Education (Scotland) Act, 1936, 1936
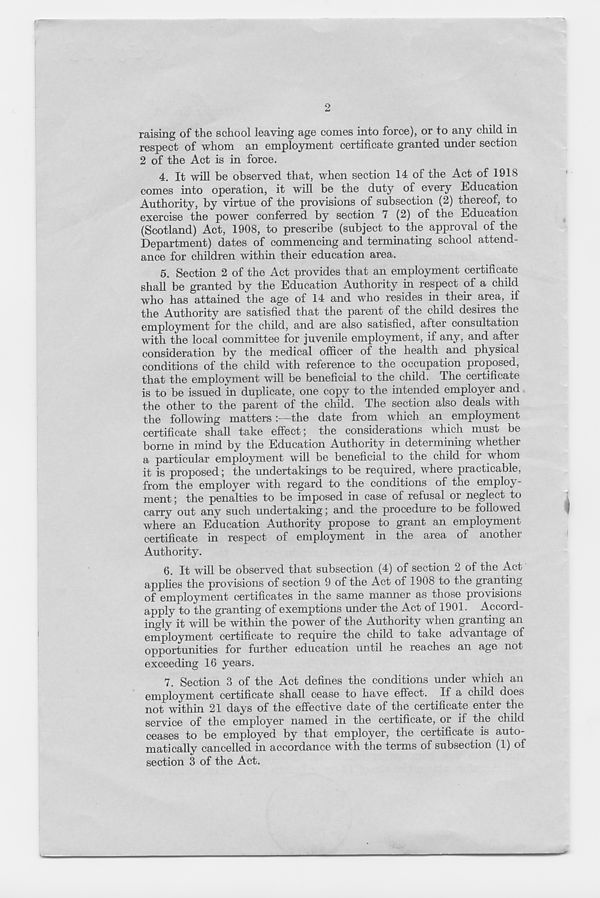
raising of the school leaving age comes into force), or to any child in
respect of whom an employment certificate granted under section
2 of the Act is in force.
4. It will be observed that, when section 14 of the Act of 191S
comes into operation, it will be the duty of every Education
Authority, by virtue of the provisions of subsection (2) thereof, to
exercise the power conferred by section 7 (2) of the Education
(Scotland) Act, 1908, to prescribe (subject to the approval of the
Department) dates of commencing and terminating school attend-
ance for children within their education area.
5. Section 2 of the Act provides that an employment certificate
shall be granted by the Education Authority in respect of a child
who has attained the age of 14 and who resides in their area, if
the Authority are satisfied that the parent of the child desires the
employment for the child, and are also satisfied, after consultation
with the local committee for juvenile employment, if any, and after
consideration by the medical officer of the health and physical
conditions of the child with reference to the occupation proposed,
that the employment will be beneficial to the child. Ihe certificate
is to be issued in duplicate, one copy to the intended employer and
the other to the parent of the child. The section also deals with
the following matters:—the date from which an employment
certificate shall take effect; the considerations which must be
borne in mind by the Education Authority in determining whether
a particular employment will be beneficial to the child for whom
it is proposed; the undertakings to be required, where practicable,
from the employer with regard to the conditions of the employ-
ment ; the penalties to be imposed in case of refusal or neglect to
carry out any such undertaking; and the procedure to be followed
where an Education Authority propose to grant an employment
certificate in respect of employment in the area of another
Authority.
6. It will be observed that subsection (4) of section 2 of the Act
applies the provisions of section 9 of the Act of 1908 to the granting
of employment certificates in the same manner as those provisions
apply to the granting of exemptions under the Act of 1901. Accord-
ingly it will be within the power of the Authority when granting an
employment certificate to require the child to take advantage of
opportunities for further education until he reaches an age not
exceeding 16 years.
7. Section 3 of the Act defines the conditions under which an
employment certificate shall cease to have effect. If a child does
not within 21 days of the effective date of the certificate enter the
service of the employer named in the certificate, or if the child
ceases to be employed by that employer, the certificate is auto-
matically cancelled in accordance with the terms of subsection (1) of
section 3 of the Act.